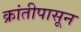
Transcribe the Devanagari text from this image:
क्रांतीपासून